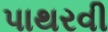
પાથરવી